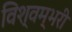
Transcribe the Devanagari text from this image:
विश्वम्भरी